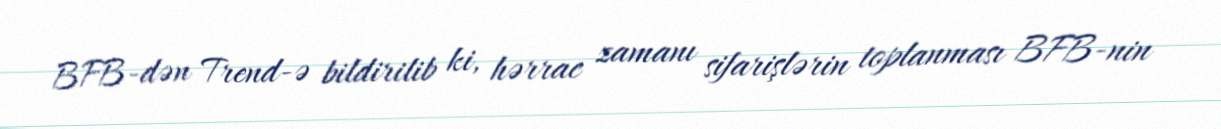
BFB-dən Trend-ə bildirilib ki, hərrac zamanı sifarişlərin toplanması BFB-nin